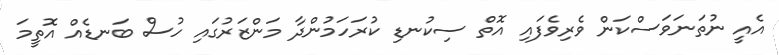
އެއީ ނުތަނަވަސްކަން ވެރިވެފައި އޮތް ސިކުނޑި ކުރަހަމުންދާ މަންޒަރުގައި ހުސް ބަނޑެއް އޮތީމަ